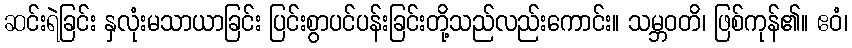
ဆင်းရဲခြင်း နှလုံးမသာယာခြင်း ပြင်းစွာပင်ပန်းခြင်းတို့သည်လည်းကောင်း။ သမ္ဘဝတိ၊ ဖြစ်ကုန်၏။ ဧဝံ၊